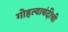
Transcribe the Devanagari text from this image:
गोहत्याबंदीची